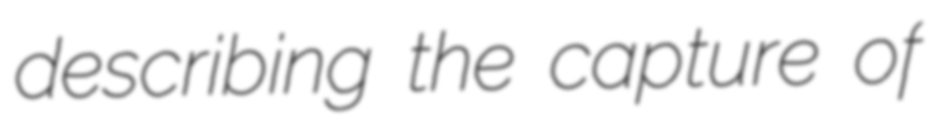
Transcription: describing the capture of